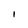
Character: I